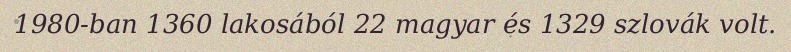
1980-ban 1360 lakosából 22 magyar és 1329 szlovák volt.